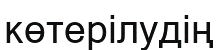
көтерілудің